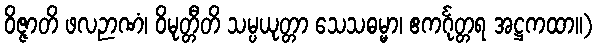
ဝိဇ္ဇာတိ ဖလဉာဏံ၊ ဝိမုတ္တီတိ သမ္ပယုတ္တာ သေသဓမ္မာ၊ ဧကင်္ဂုတ္တရ အဋ္ဌကထာ။)